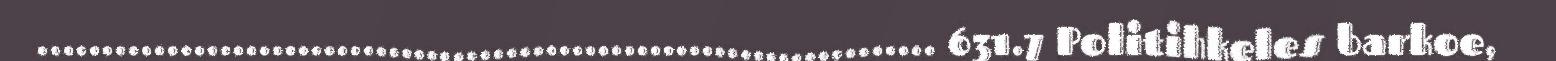
..................................................................... 631.7 Politihkeles barkoe,